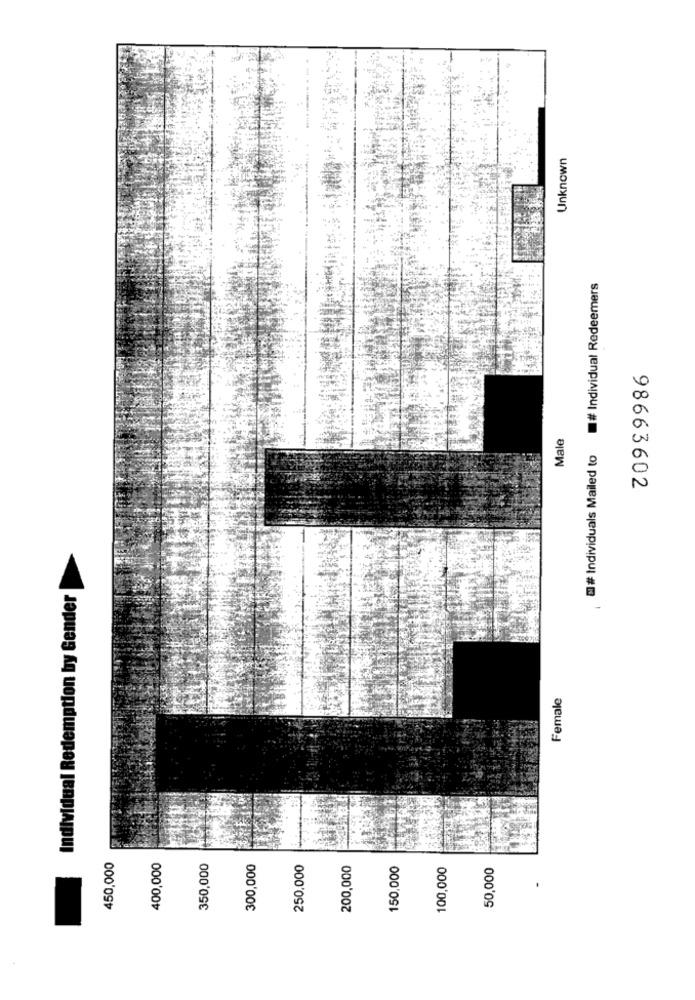
Unknown
# Individual Redeemers
Male
# Individuals Mailed to
98663602
demption by Gender
Female
Individual
450,000
400,000
350,000
300,000
250.000
200,000
150,000
100,000
50,000